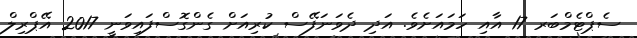
ސެޕްޓެމްބަރ 17 އާއި ހަމައަށެވެ. އަދި ދެވަނަފޭސް ކުރިއަށް ގެންގޮސްފައިވަނީ 2017 އޭޕްރިލް